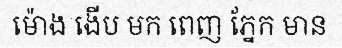
ម៉ោង ងើប មក ពេញ ភ្នែក មាន